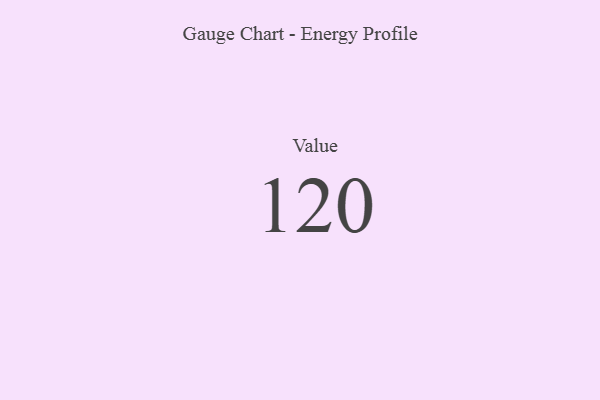
{"axis": {"x": "Metric", "y": "Value"}, "legend": [""], "data": [{"x": "Value", "y": 120, "type": ""}]}